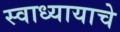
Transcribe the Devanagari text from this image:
स्वाध्यायाचे